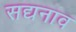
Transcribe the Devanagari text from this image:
सद्यनाव